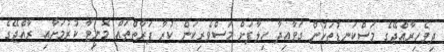
ދިވެހިރާއްޖޭގެ މަސްކަނޑުތަކުން ގަވާއިދާ ހިލާފަށް މަސްވެރިކަން ކުރާ ފަރާތްތައް މޮނިޓާ ކުރުމަށާއި ރާއްޖޭގެ